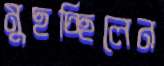
মুছচ্ছিলেন